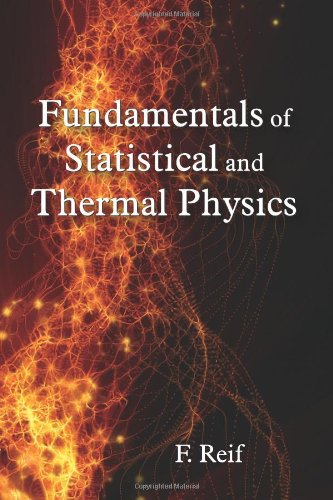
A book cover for Fundamentals of Statistical and Thermal Physics; Frederick Reif; Science & Math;